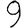
Digit: 9